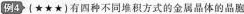
例4(★★★)有四种不同堆积方式的金属晶体的晶胞